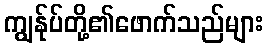
ကျွန်ုပ်တို့၏ဖောက်သည်များ